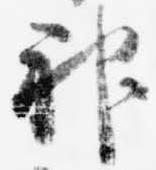
神